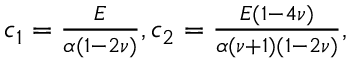
\begin{array} { r } { c _ { 1 } = \frac { E } { \alpha ( 1 - 2 \nu ) } , c _ { 2 } = \frac { E ( 1 - 4 \nu ) } { \alpha ( \nu + 1 ) ( 1 - 2 \nu ) } , } \end{array}